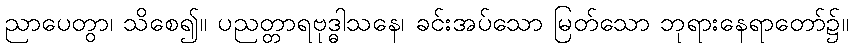
ညာပေတွာ၊ သိစေ၍။ ပညတ္တာရဗုဒ္ဓါသနေ၊ ခင်းအပ်သော မြတ်သော ဘုရားနေရာတော်၌။